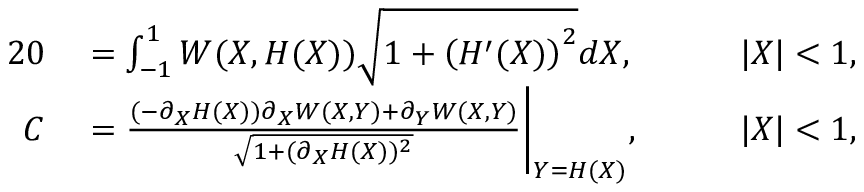
\begin{array} { r l r l } { { 2 } 0 } & { { } = \int _ { - 1 } ^ { 1 } W ( X , H ( X ) ) \sqrt { 1 + \left( H ^ { \prime } ( X ) \right) ^ { 2 } } d X , } & { } & { { } \quad | X | < 1 , } \\ { C } & { { } = \frac { ( - \partial _ { X } H ( X ) ) \partial _ { X } W ( X , Y ) + \partial _ { Y } W ( X , Y ) } { \sqrt { 1 + ( \partial _ { X } H ( X ) ) ^ { 2 } } } \bigg | _ { Y = H ( X ) } , } & { } & { { } \quad | X | < 1 , } \end{array}